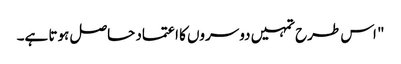
" اس طرح تمہیں دوسروں کا اعتماد حاصل ہوتا ہے۔